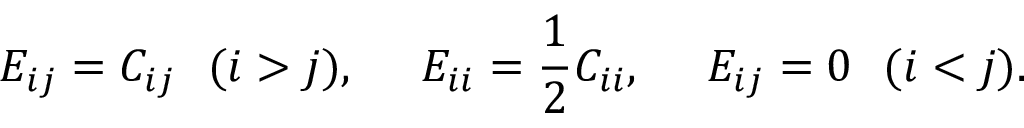
E _ { i j } = C _ { i j } \ \ ( i > j ) , \ \ \ \ E _ { i i } = { \frac { 1 } { 2 } } C _ { i i } , \ \ \ \ E _ { i j } = 0 \ \ ( i < j ) .